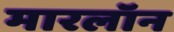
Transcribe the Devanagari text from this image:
मारलॉन